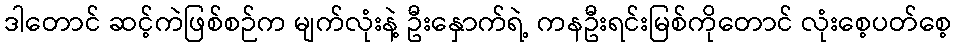
ဒါတောင် ဆင့်ကဲဖြစ်စဉ်က မျက်လုံးနဲ့ ဦးနှောက်ရဲ့ ကနဦးရင်းမြစ်ကိုတောင် လုံးစေ့ပတ်စေ့